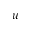
u